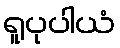
ရူပုပါယံ